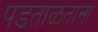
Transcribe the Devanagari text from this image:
पडताळताना